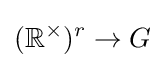
(\mathbb {R} ^{\times })^{r}\to G